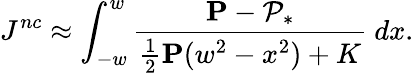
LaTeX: J^{nc}\approx\int_{-w}^{w}\frac{\mathbf{P}-\mathcal{P}_{*}}{\textstyle\frac{1}{2}\mathbf{P}(w^{2}-x^{2})+K}~dx.